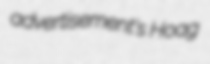
advertisement's Hoag